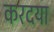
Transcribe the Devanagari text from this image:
करदया